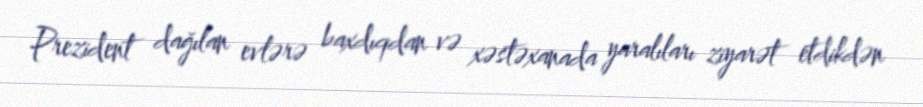
Prezident dağılan evlərə baxdıqdan və xəstəxanada yaralıları ziyarət etdikdən